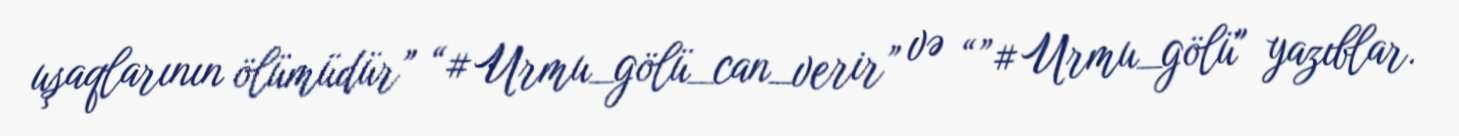
uşaqlarının ölümüdür” “#Urmu_gölü_can_verir” və “”#Urmu_gölü" yazıblar.